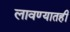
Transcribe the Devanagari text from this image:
लावण्यातही